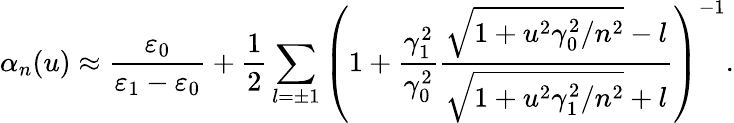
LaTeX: \alpha_{n}(u)\approx\frac{\varepsilon_{0}}{\varepsilon_{1}-\varepsilon_{0}}+\frac{1}{2}\sum_{l=\pm 1}\left(1+\frac{\gamma_{1}^{2}}{\gamma_{0}^{2}}\frac{\sqrt{1+u^{2}\gamma_{0}^{2}/n^{2}}-l}{\sqrt{1+u^{2}\gamma_{1}^{2}/n^{2}}+l}\right)^{-1}.